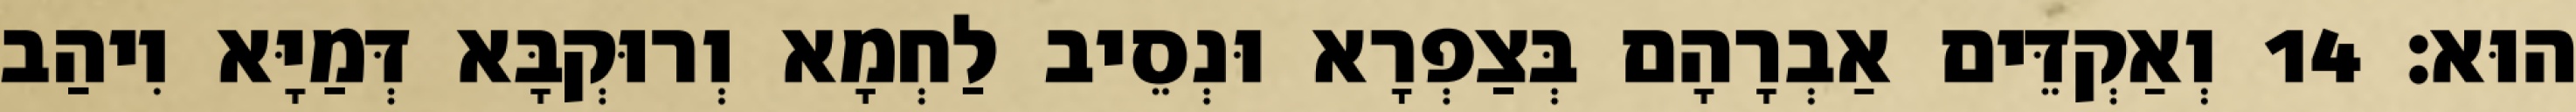
הוּא׃ 14 וְאַקְדֵּים אַבְרָהָם בְּצַפְרָא וּנְסֵיב לַחְמָא וְרוּקְבָּא דְּמַיָּא וִיהַב